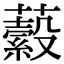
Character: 𧂔